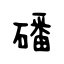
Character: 磻